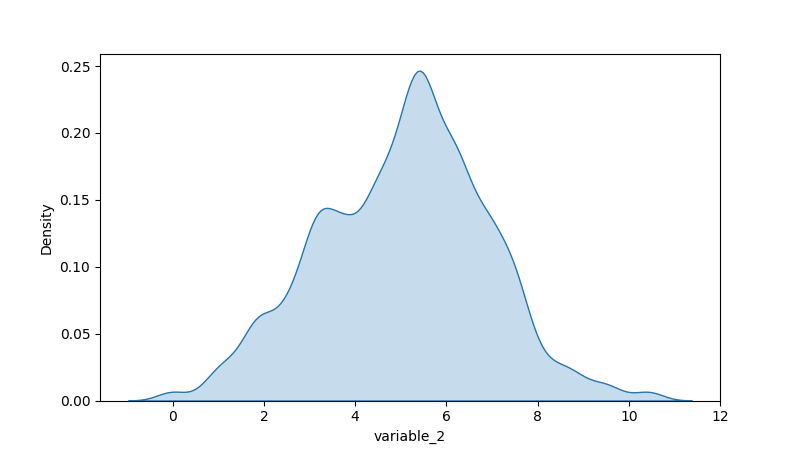
python, seaborn, kdeplot, hue='None', fill=True, bw_adjust=0.5